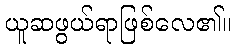
ယူဆဖွယ်ရာဖြစ်လေ၏။